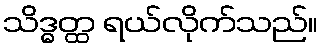
သိဒ္ဓတ္ထ ရယ်လိုက်သည်။